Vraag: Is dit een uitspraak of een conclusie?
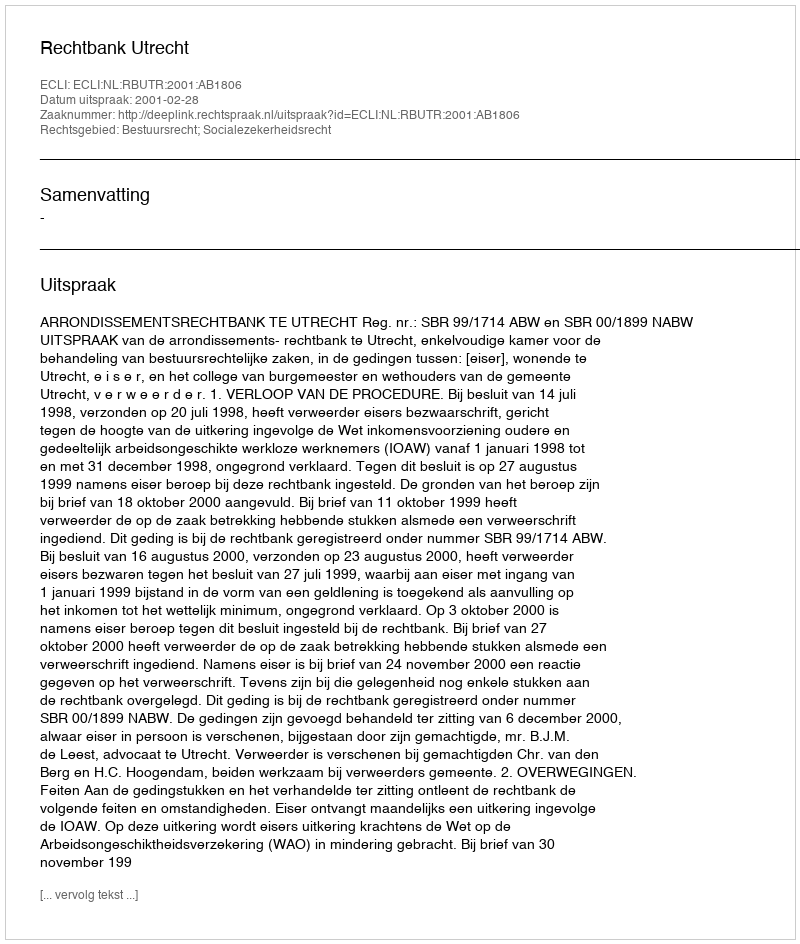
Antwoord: Uitspraak